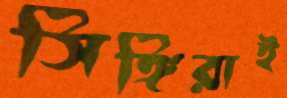
সিঙ্গিরাই